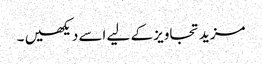
مزید تجاویز کے لیے اسے دیکھیں ۔